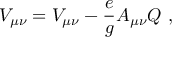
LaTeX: V _ { \mu \nu } = { \cal V } _ { \mu \nu } - \frac { e } { g } A _ { \mu \nu } Q ~ ,